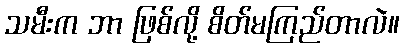
သမီးက ဘာ ဖြစ်လို့ စိတ်မကြည်တာလဲ။